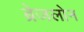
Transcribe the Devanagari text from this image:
ब्रेजलोन